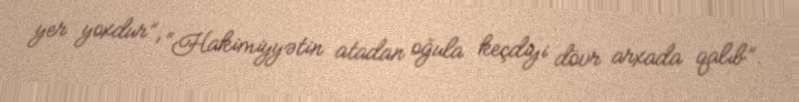
yer yoxdur”, “Hakimiyyətin atadan oğula keçdiyi dövr arxada qalıb”.